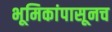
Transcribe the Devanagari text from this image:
भूमिकांपासूनच